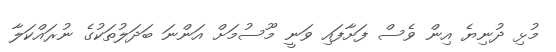
މުޅި ދުނިޔެ އިން ވެސް ފަށާފައި ވަނީ މޫސުމަށް އަންނަ ބަދަލުތަކުގެ ނުރައްކަލާ